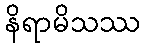
နိရာမိသဿ